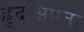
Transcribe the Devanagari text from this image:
हृद्‌क्षिप्रता